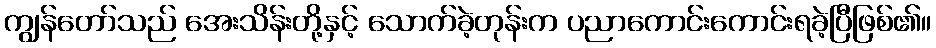
ကျွန်တော်သည် အေးသိန်းတို့နှင့် သောက်ခဲ့တုန်းက ပညာကောင်းကောင်းရခဲ့ပြီဖြစ်၏။